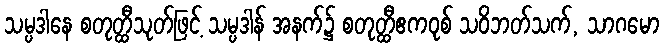
သမ္ပဒါနေ စတုတ္ထီသုတ်ဖြင့် သမ္ပဒါန် အနက်၌ စတုတ္ထီဧကဝုစ် သဝိဘတ်သက်, သာဂမော